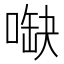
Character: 𠺋